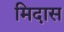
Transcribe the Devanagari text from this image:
मिदास